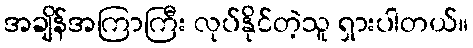
အချိန်အကြာကြီး လုပ်နိုင်တဲ့သူ ရှားပါတယ်။